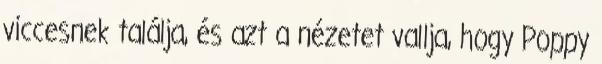
viccesnek találja, és azt a nézetet vallja, hogy Poppy